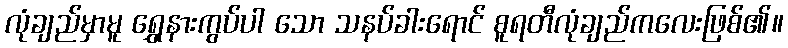
လုံချည်မှာမူ ရွှေနားကွပ်ပါ သော သနပ်ခါးရောင် စူရတီလုံချည်ကလေးဖြစ်၏။